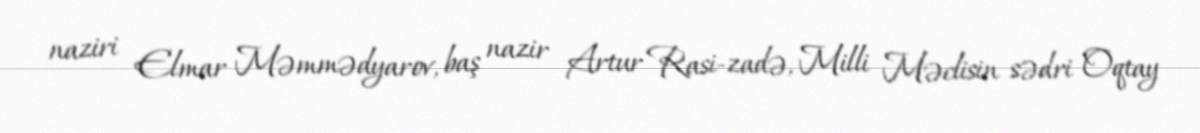
naziri Elmar Məmmədyarov, baş nazir Artur Rasi-zadə, Milli Məclisin sədri Oqtay